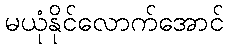
မယုံနိုင်လောက်အောင်